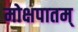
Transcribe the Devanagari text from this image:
मोक्षपातम्